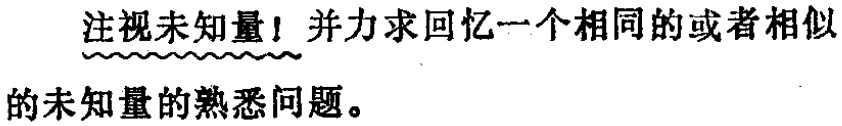
注视未知量！并力求回忆一个相同的或者相似的未知量的熟悉问题。